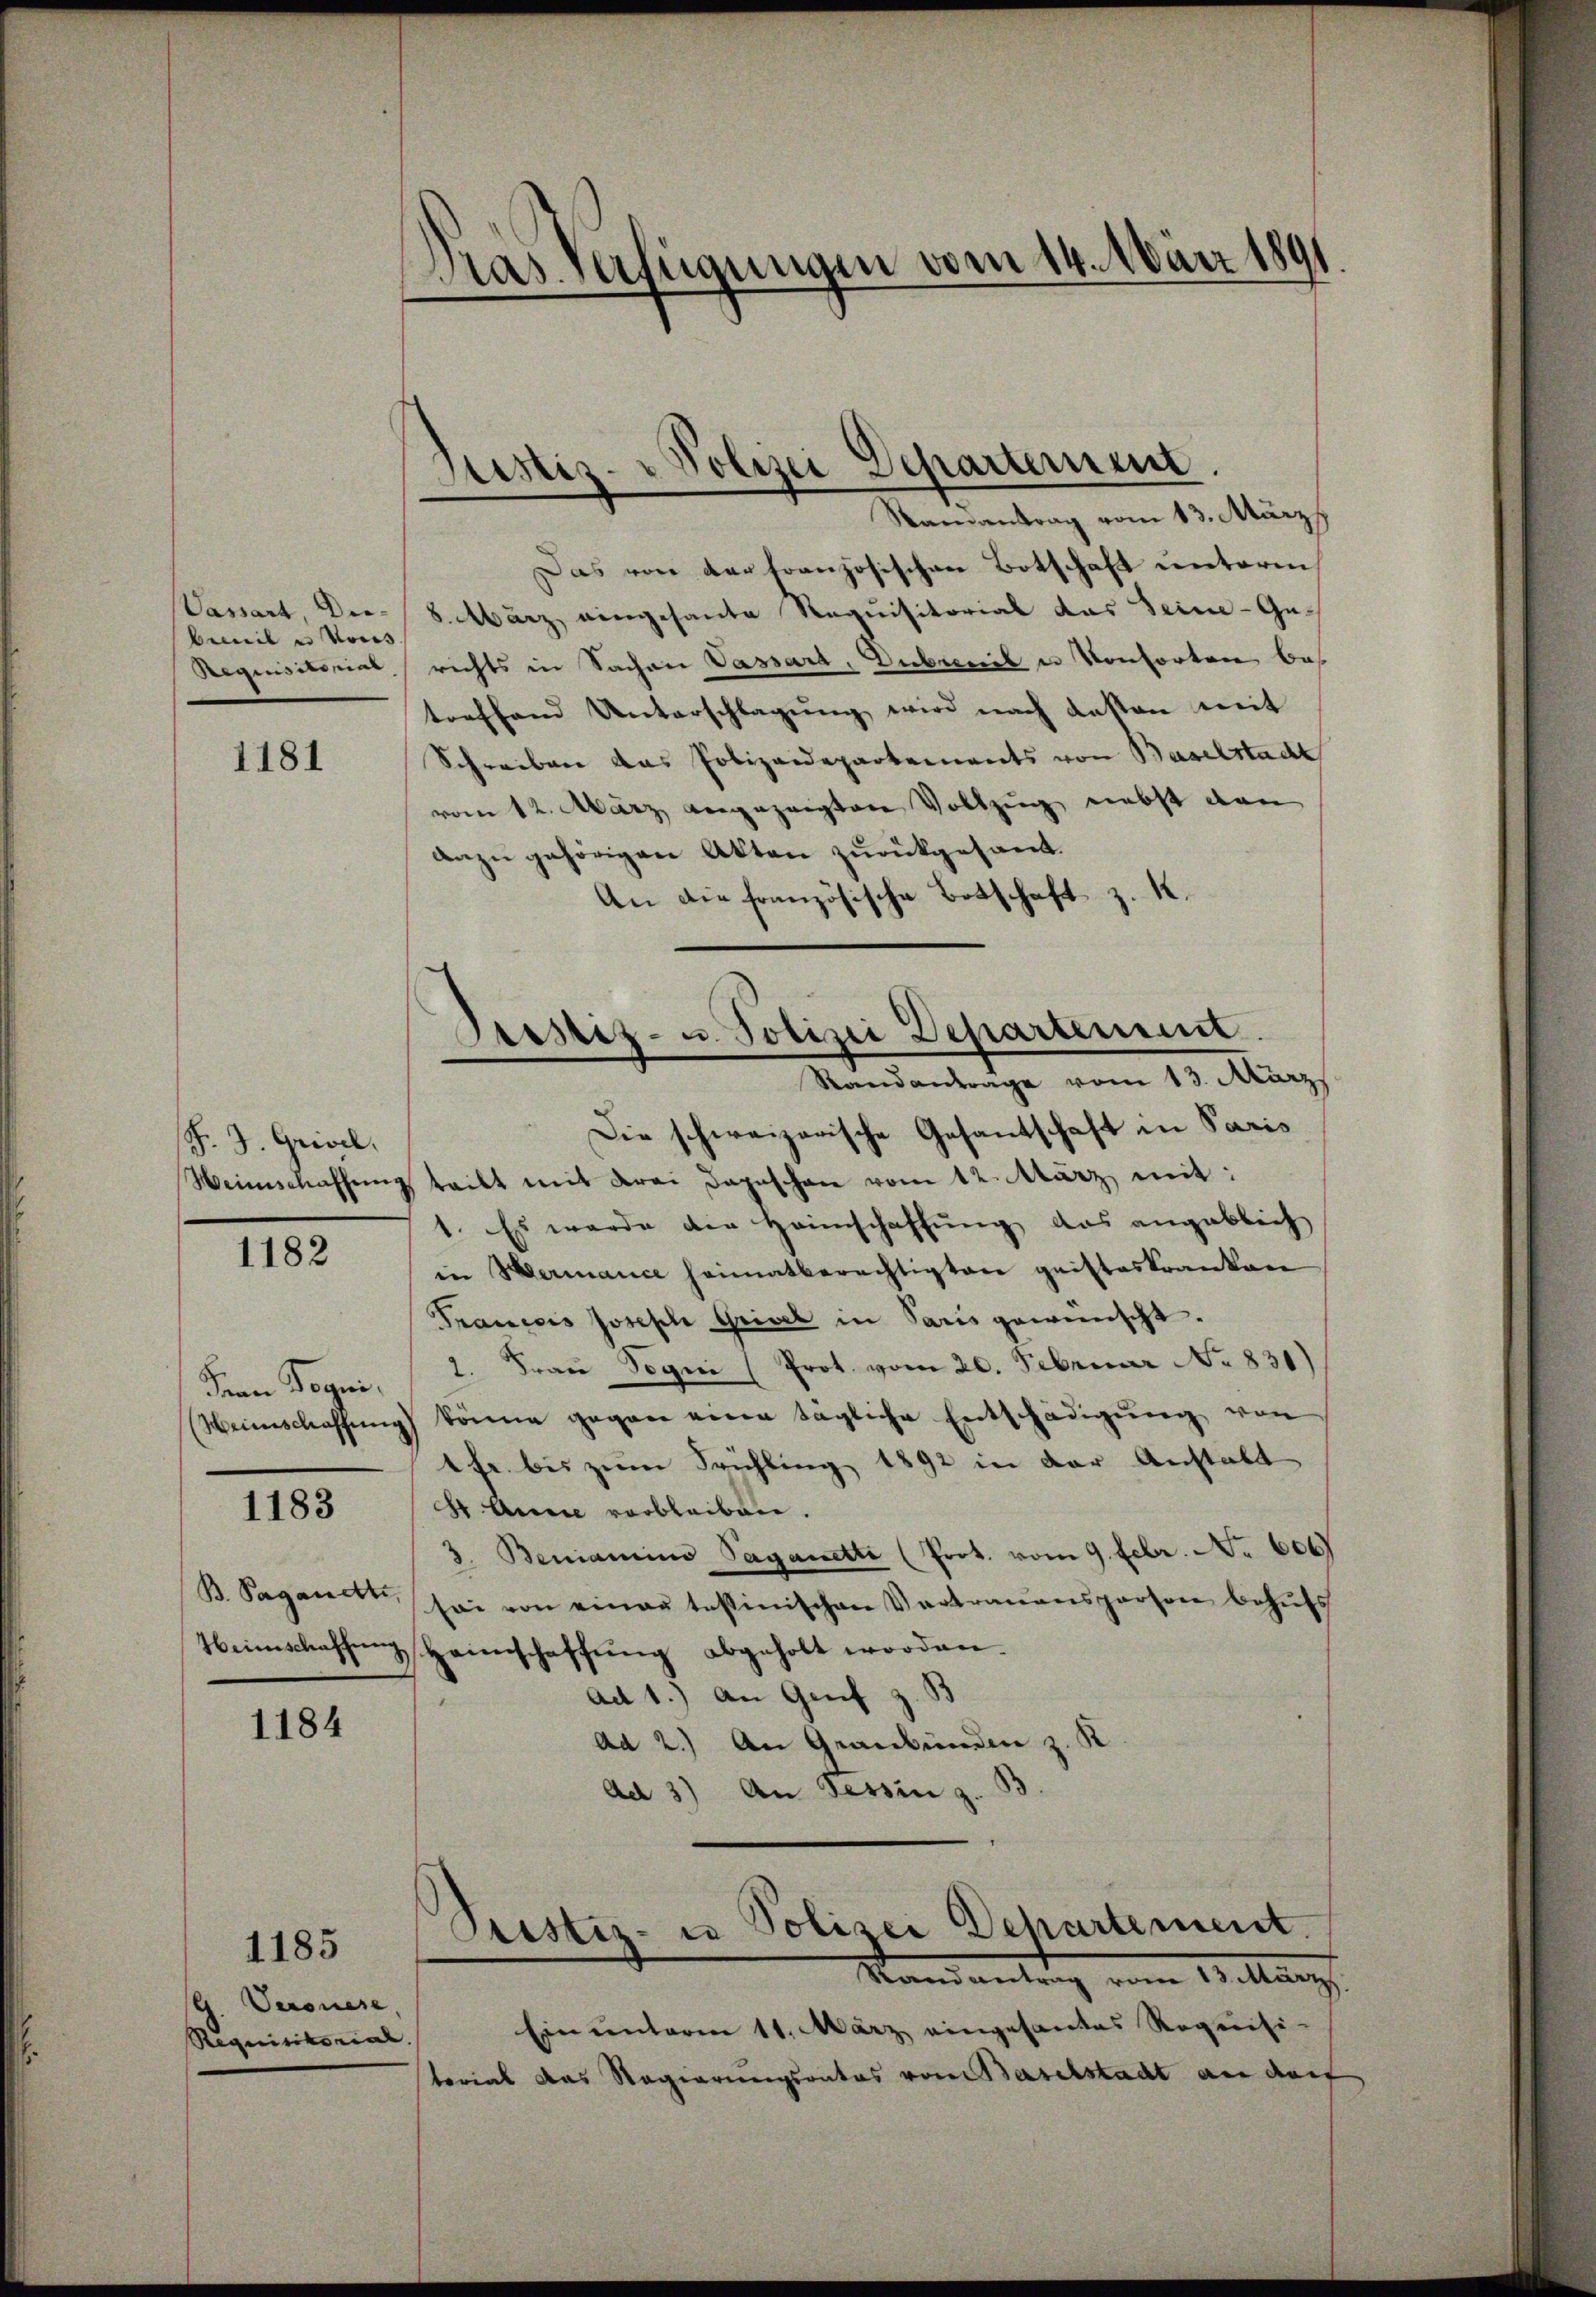
beweil in Vors

1181

F. J. Grivel,

1182

Fren Pogni

1183

B. Pagandt,

1184

Veronese,
Requisitorial.

1185

Dras Verfügungen vom 14. März 1891
f

Miz- & Polizei Departemen.
Samantrag vom 13. März

Das von der Französischen Botschaft unterm
Vaviart, Die 8. März eingesante Requisitorial das Seine-Ge¬
Requisitorial richts in Sachen Vassart. Dubrenil u Konsorten bes
treffend Unterschlagung wird nach gesten mit
Schreiben das Polizeidepartements von Baselstadt
vom 12. März angezeigten Vollzug nebst den
dazu gehörigen Akten zurückgesandt.
An die französische Botschaft z. K.

Justiz- u. Polizei Departement.
Standantrage vom 13. März

Die schweizerische Gesantschaft in Paris
Weinschaffŭng teilt mit drei dapeschen vom 12. März mit:
1. Es wurde der Heimschaffung das angeblich
in Hermance heimatberechtigten geisteskranken
Franccis Joseph Grisel in Paris gewünscht.
2. Frau Sogni (Prot. vom 20. Februar No. 831)
Weinschaffung könne gegen eine tägliche Entschädigŭng von
1fr. bis zum Frühling 1892 in der Anstalt
2 Annie verbleiben.
3. Beniamino Paganetti (Prot. vom 9. Febr. No 600
sei von einau tessinischen Vertrauensperson behŭfs
Heimschaffung Heinschaffung abgeholt worden.
ad 1.) An Genf z. B
ad 2.) An Graubünden z. K
Ad 3) An Tessin z. B

Pristis- u Polizei Departement.
Randantrag vom 13. März.

Ein unterm 11. März eingesantes Requisi-
terial das Regierungsrates vom Baselstacht an darf